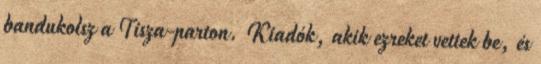
bandukolsz a Tisza-parton. Kiadók, akik ezreket vettek be, és